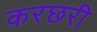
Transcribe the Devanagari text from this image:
करछरी